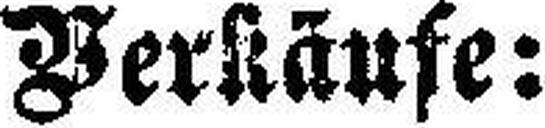
Verkäufe: